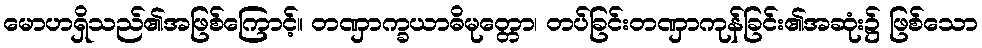
မောဟရှိသည်၏အဖြစ်ကြောင့်။ တဏှာက္ခယာဓိမုတ္တော၊ တပ်ခြင်းတဏှာကုန်ခြင်း၏အဆုံး၌ ဖြစ်သော